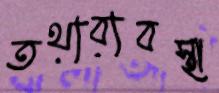
তথ্যব্যবস্থা